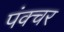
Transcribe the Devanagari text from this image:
पंक्‍चर